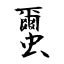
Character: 蠒